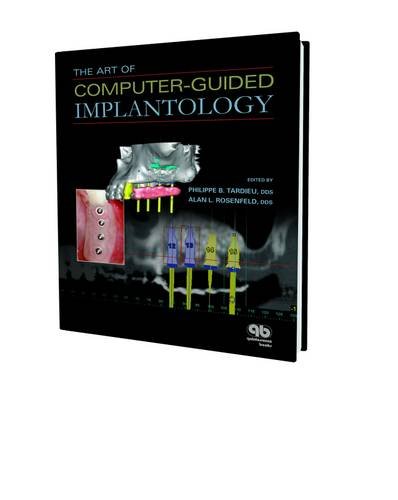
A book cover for Art of Computer-Guided Implantology; Philippe Tardieu; Medical Books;